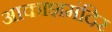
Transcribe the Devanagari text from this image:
आकाशमंदिर